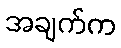
အချက်က